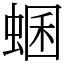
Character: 蜠